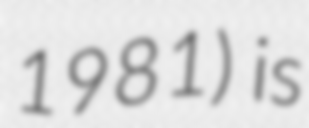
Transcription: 1981) is